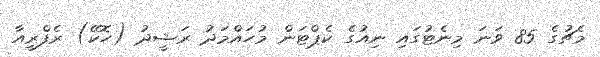
މެޗުގެ 85 ވަނަ މިނެޓުގައި ނިއުގެ ކެޕްޓަން މުހައްމަދު ރަޝީދު (ހޮކޭ) ރެފްރީއާ